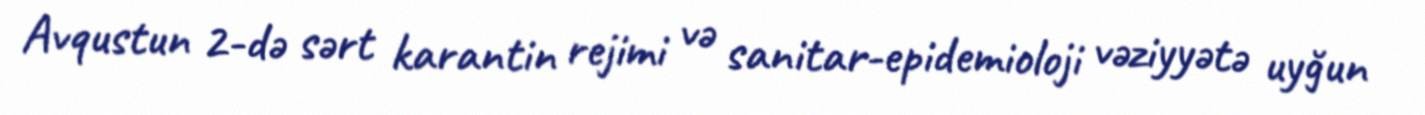
Avqustun 2-də sərt karantin rejimi və sanitar-epidemioloji vəziyyətə uyğun